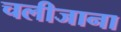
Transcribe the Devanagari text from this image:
चलीजाना